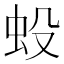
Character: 𧈻